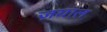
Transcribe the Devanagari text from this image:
ज़याल